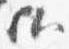
歟